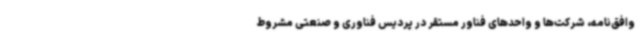
وافق‌نامه، شرکت‌ها و واحدهای فناور مستقر در پردیس فناوری و صنعتی مشروط